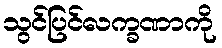
သွင်ပြင်လက္ခဏာကို